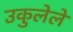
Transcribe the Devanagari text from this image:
उकुलेले